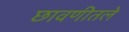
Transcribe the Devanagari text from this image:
छावणीतले